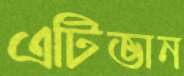
এটিভান